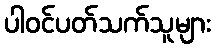
ပါဝင်ပတ်သက်သူများ